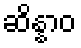
ဆိန္နာဝ